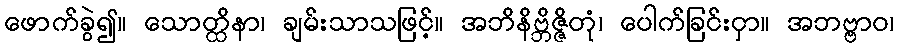
ဖောက်ခွဲ၍။ သောတ္ထိနာ၊ ချမ်းသာသဖြင့်။ အဘိနိဗ္ဘိဇ္ဇိတုံ၊ ပေါက်ခြင်းငှာ။ အဘဗ္ဗာဝ၊